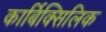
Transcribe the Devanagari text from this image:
कार्बिक्सिलिक